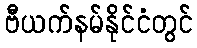
ဗီယက်နမ်နိုင်ငံတွင်